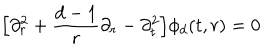
\Big [ \partial _ { r } ^ { 2 } + \frac { d - 1 } { r } \partial _ { r } - \partial _ { t } ^ { 2 } \Big ] \phi _ { d } ( t , r ) = 0